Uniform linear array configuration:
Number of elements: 12
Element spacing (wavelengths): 0.25
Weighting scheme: blackman
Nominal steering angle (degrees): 30
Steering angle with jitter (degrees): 28.163
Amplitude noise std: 0.05
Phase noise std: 0.05

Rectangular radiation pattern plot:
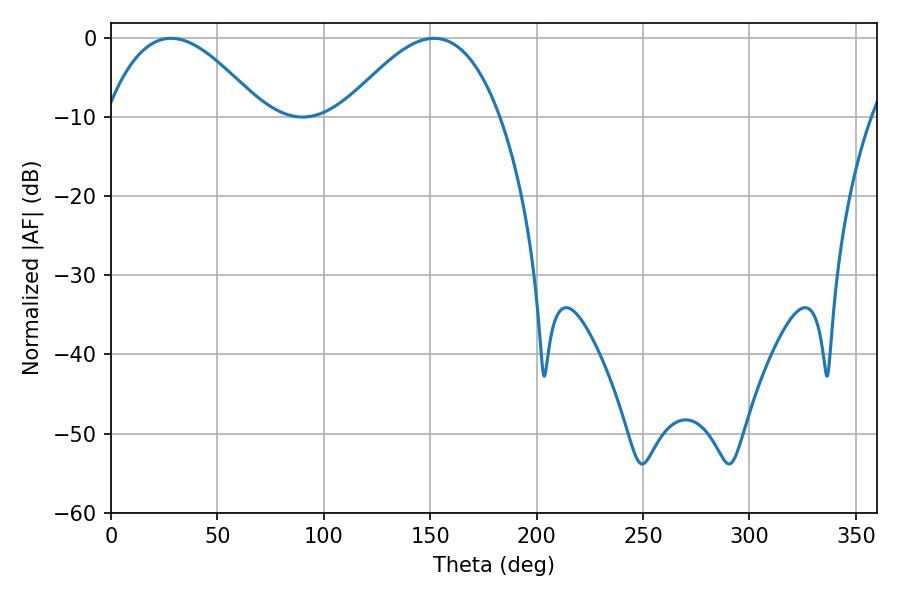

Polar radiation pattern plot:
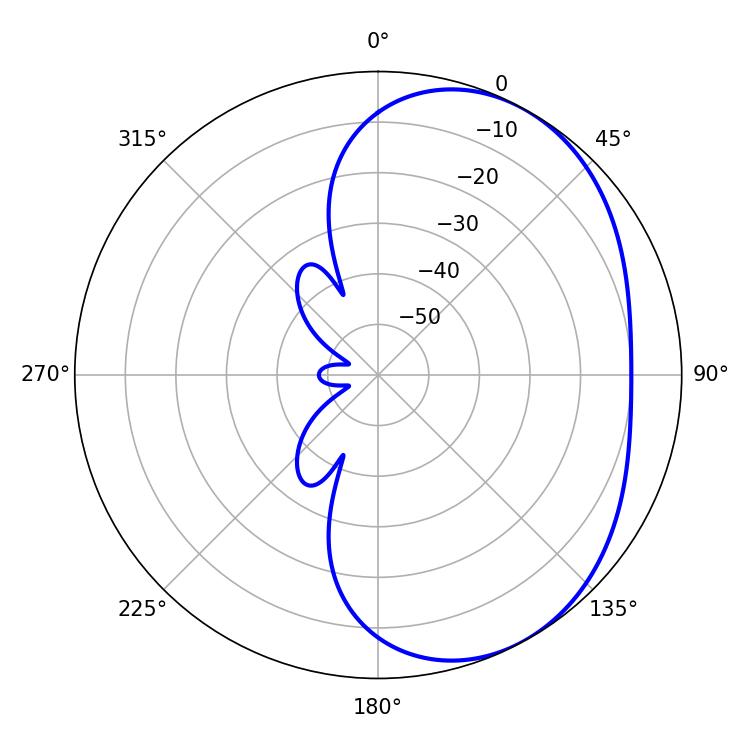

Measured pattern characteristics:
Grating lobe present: FALSE
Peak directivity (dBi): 3.85
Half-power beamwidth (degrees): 39.96
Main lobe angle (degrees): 28.26